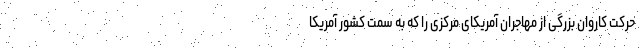
حرکت کاروان بزرگی از مهاجران آمریکای مرکزی را که به سمت کشور آمریکا